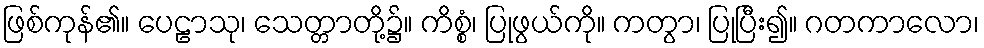
ဖြစ်ကုန်၏။ ပေဠာသု၊ သေတ္တာတို့၌။ ကိစ္စံ၊ ပြုဖွယ်ကို။ ကတွာ၊ ပြုပြီး၍။ ဂတကာလော၊